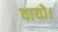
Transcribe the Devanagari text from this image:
वायो।